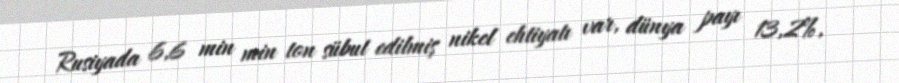
Rusiyada 6,6 min min ton sübut edilmiş nikel ehtiyatı var, dünya payı 13,2%,